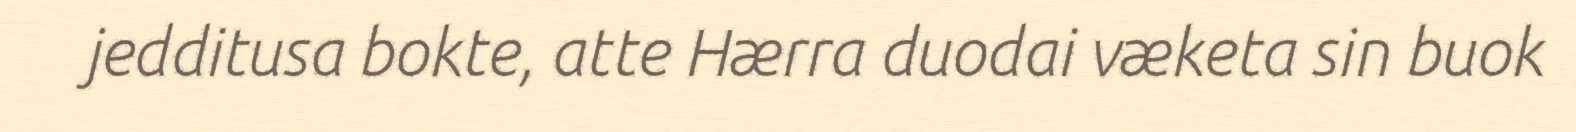
jedditusa bokte, atte Hærra duodai væketa sin buok